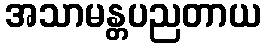
အသာမန္တပညတာယ